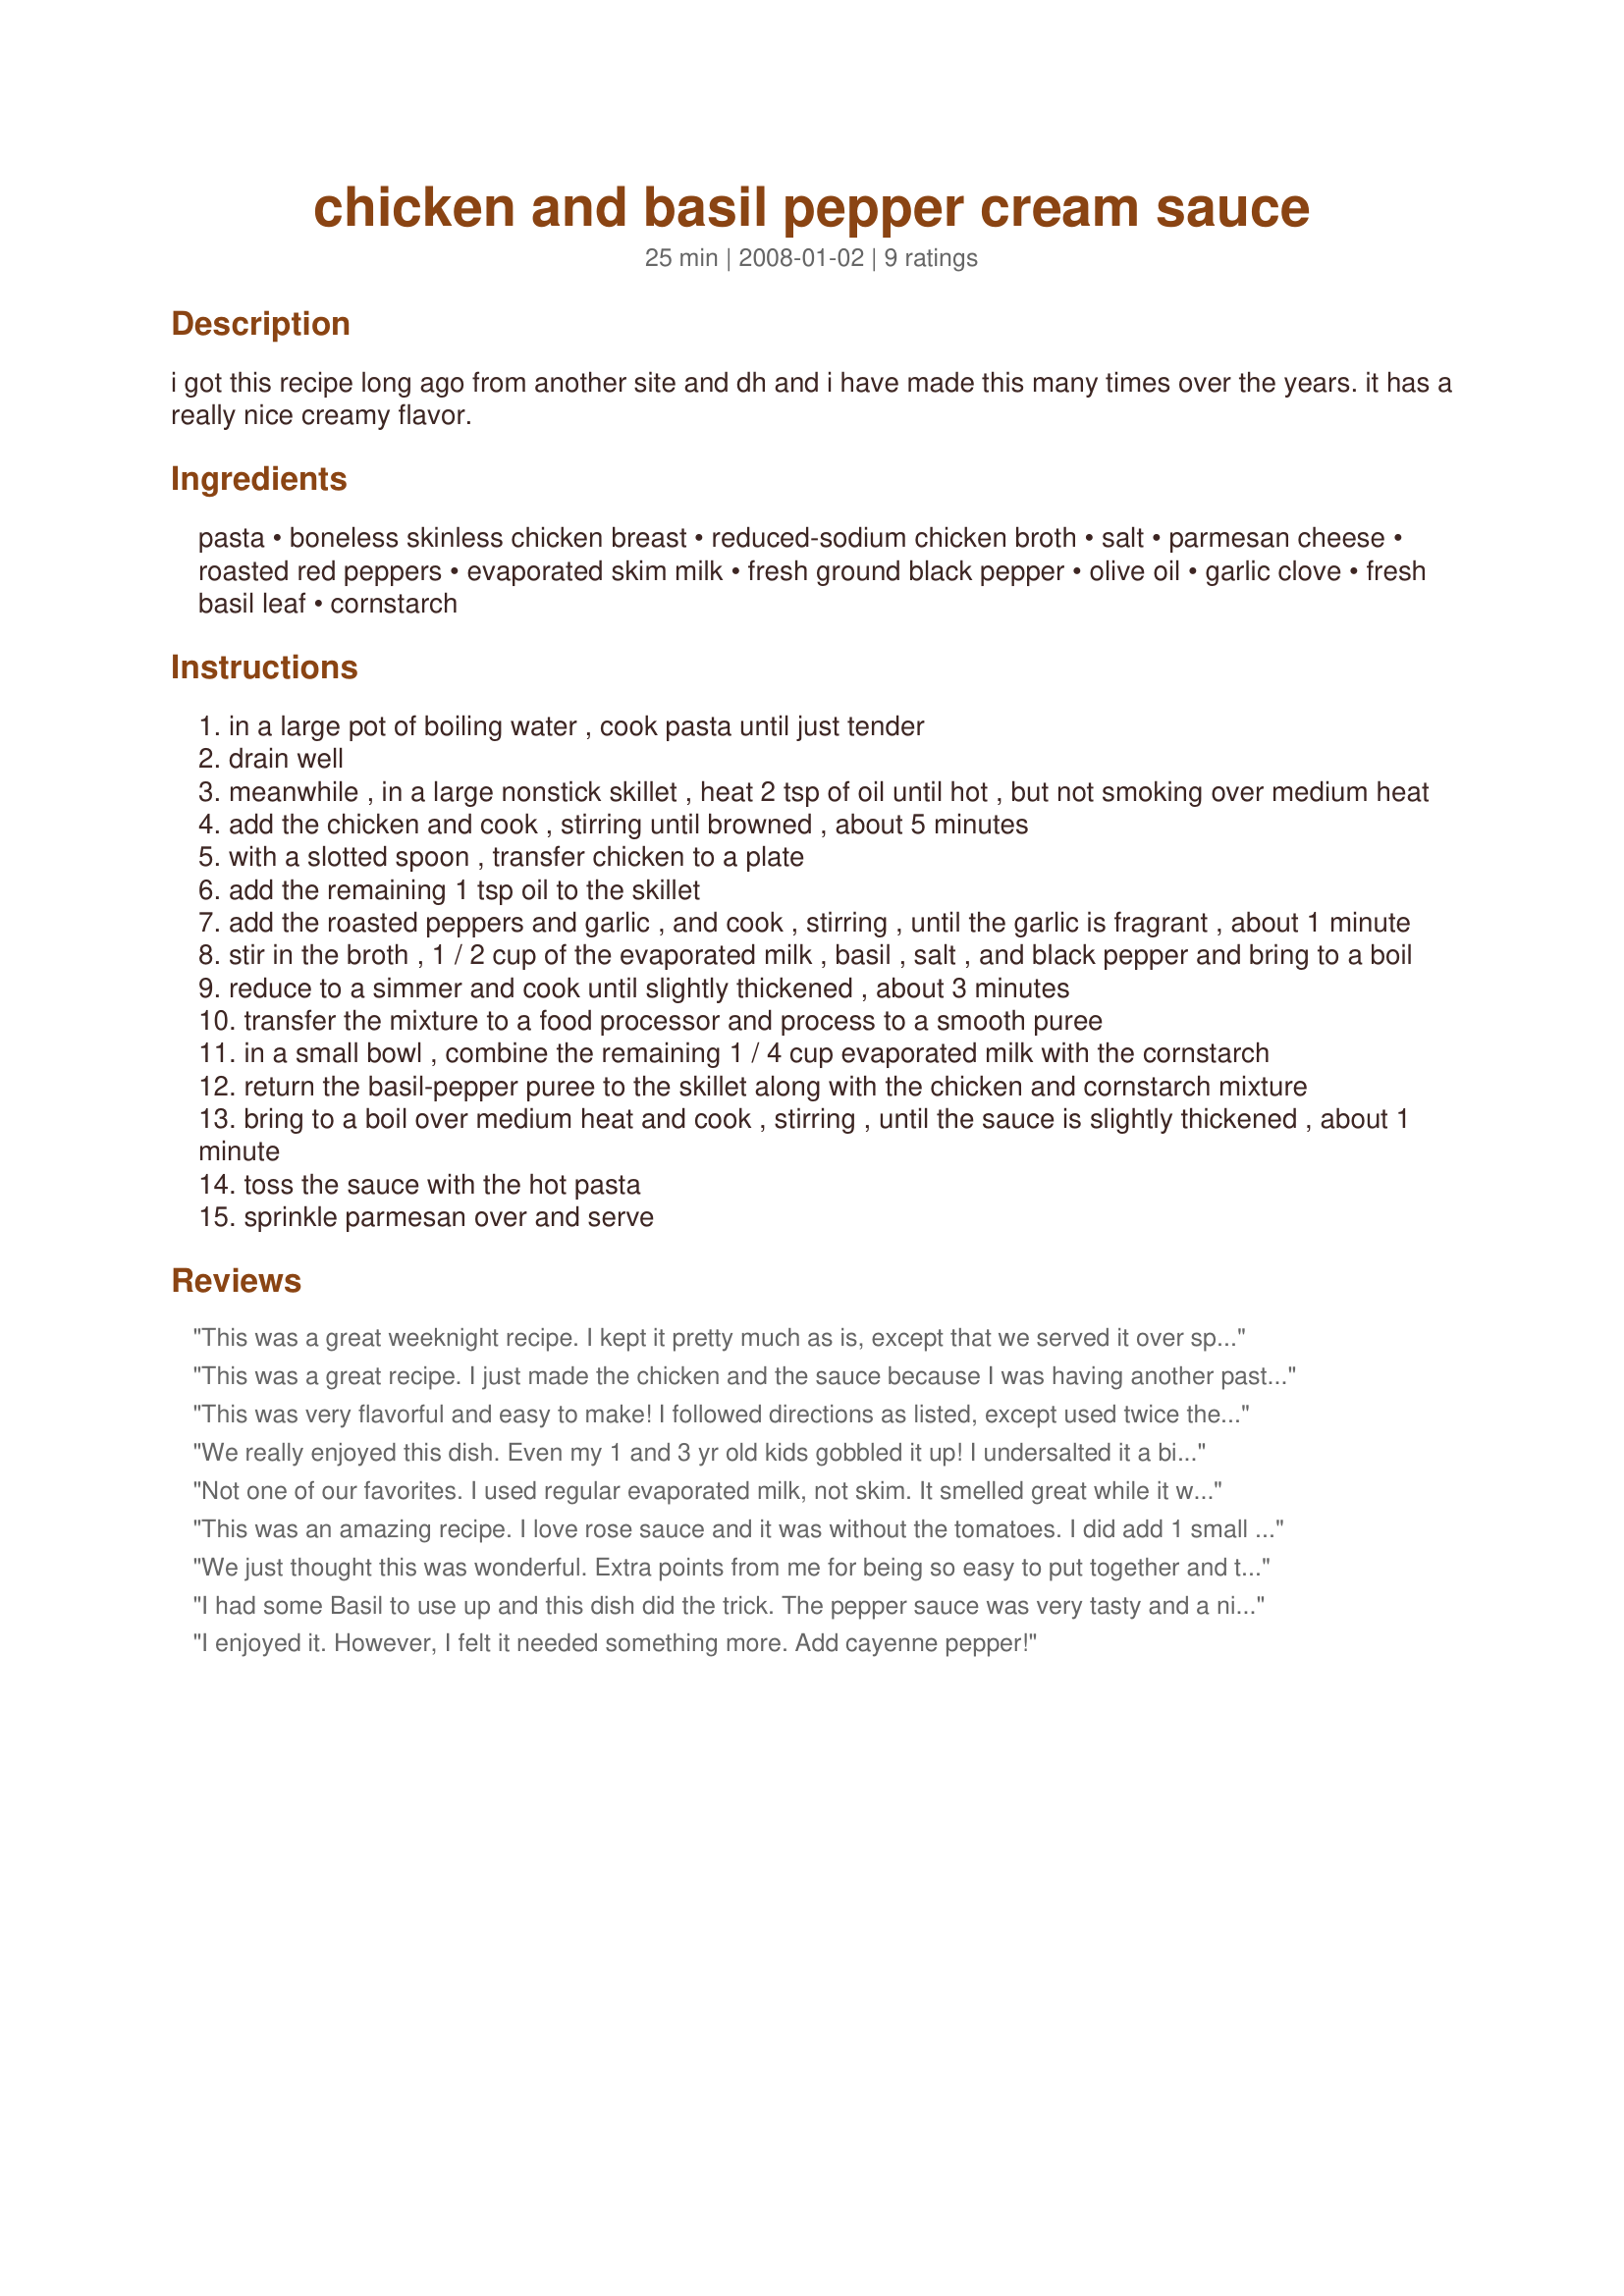
chicken and basil pepper cream sauce
Preparation time: 25 minutes

i got this recipe long ago from another site and dh and i have made this many times over the years. it has a really nice creamy flavor.

Ingredients:
pasta, boneless skinless chicken breast, reduced-sodium chicken broth, salt, parmesan cheese, roasted red peppers, evaporated skim milk, fresh ground black pepper, olive oil, garlic clove, fresh basil leaf, cornstarch

Steps:
in a large pot of boiling water , cook pasta until just tender
drain well
meanwhile , in a large nonstick skillet , heat 2 tsp of oil until hot , but not smoking over medium heat
add the chicken and cook , stirring until browned , about 5 minutes
with a slotted spoon , transfer chicken to a plate
add the remaining 1 tsp oil to the skillet
add the roasted peppers and garlic , and cook , stirring , until the garlic is fragrant , about 1 minute
stir in the broth , 1 / 2 cup of the evaporated milk , basil , salt , and black pepper and bring to a boil
reduce to a simmer and cook until slightly thickened , about 3 minutes
transfer the mixture to a food processor and process to a smooth puree
in a small bowl , combine the remaining 1 / 4 cup evaporated milk with the cornstarch
return the basil-pepper puree to the skillet along with the chicken and cornstarch mixture
bring to a boil over medium heat and cook , stirring , until the sauce is slightly thickened , about 1 minute
toss the sauce with the hot pasta
sprinkle parmesan over and serve

Reviews:
This was a great weeknight recipe. I kept it pretty much as is, except that we served it over spaghetti instead of a shaped pasta. It seemed to lack flavor for me. Next time I might use fat-free half and half instead of evaporated milk for a richer flavor. Next time I will also add some onions and maybe some crushed red pepper for heat. Thanks for sharing. Made for ZWT 4.
This was a great recipe. I just made the chicken and the sauce because I was having another pasta recipe as a side dish. I had a roasted red pepper sauce like this at a restaurant with a puff pastry filled with mushrooms. I will definately be making this sauce again. I used 2% milk and the dish was still nice and rich.
This was very flavorful and easy to make! I followed directions as listed, except used twice the amount of basil, since I had extra. Also used fat-free evaporated milk (and didn't puree completely smooth) with great, creamy outcome! I Thanks. A keeper!!
We really enjoyed this dish. Even my 1 and 3 yr old kids gobbled it up! I undersalted it a bit and had to use dry basil as I had no fresh. I can see where fresh basil would be better for the flavor and color of the dish. I also like the idea of adding onion as one reviewer noted so I will do that next time. Definitely a keeper!
Not one of our favorites. I used regular evaporated milk, not skim. It smelled great while it was cooking, but the taste was a bit off.
This was an amazing recipe. I love rose sauce and it was without the tomatoes. I did add 1 small chopped onion as well as a chopped shallot. Anyone looking for creamy smooth low fat great tasting sauce this is it. I will be making this one again.Thanks for posting.The only thing I had a problem in was the order of the ingredients. I wanted to post a picture of the sauce because I made it in the AM;then another with the pasta;I wish I would have had fresh basil to add tho the pic. but mine was frozen. I made this for WT4 and give it 10 stars. Rita
We just thought this was wonderful. Extra points from me for being so easy to put together and they are usually ingredients we have on hand. Only change I made was to use 1/2 and 1/2 for the evaproated milk. I wanted to use it up. Made only 1/2 the recipe wich proved easy to do. The sauce was very creamy and had a wonderful flavor, I would maybe add a little cayenne or red pepper flakes to give it a little kick, but I like little kicks so I may be biased! Made for the Babes of ZWT4.
I had some Basil to use up and this dish did the trick. The pepper sauce was very tasty and a nice change from a tomato sauce. No need to change a thing in this recipe.
I enjoyed it. However, I felt it needed something more. Add cayenne pepper!
